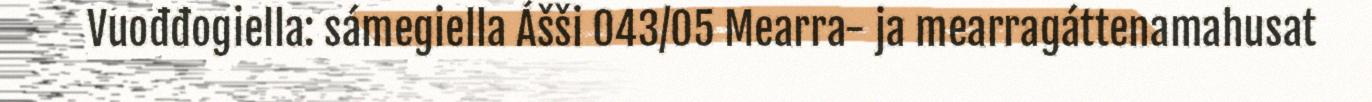
Vuođđogiella: sámegiella Ášši 043/05 Mearra- ja mearragáttenamahusat